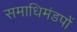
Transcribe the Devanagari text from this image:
समाधिमंडपों